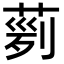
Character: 𦴟